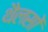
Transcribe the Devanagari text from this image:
थैलसों